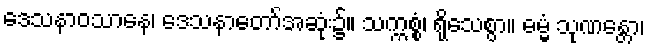
ဒေသနာဝသာနေ၊ ဒေသနာတော်အဆုံး၌။ သက္ကစ္စံ၊ ရိုသေစွာ။ ဓမ္မံ သုဏန္တော၊